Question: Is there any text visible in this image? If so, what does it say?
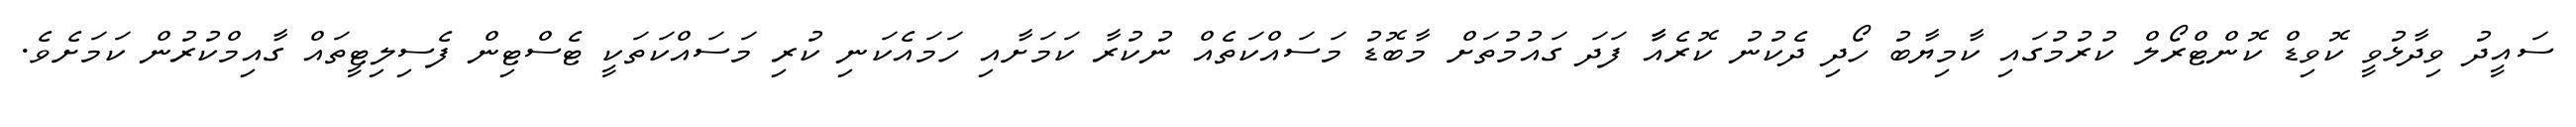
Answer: ސައީދު ވިދާޅުވީ ކޮވިޑް ކޮންޓްރޯލް ކުރުމުގައި ކާމިޔާބު ހޯދި ދެކުނު ކޮރެއާާ ފަދަ ގައުމުތަށް މާބޮޑު މަސައްކަތެއް ނުކުރާ ކަމަށާއި ހަމައެކަނި ކުރި މަސައްކަތަކީ ޓެސްޓިން ފެސިލިޓީތައް ގާއިމްކުރުން ކަމަށެވެ.